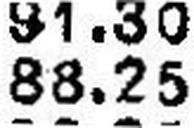
88.25